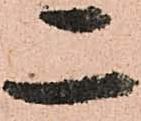
二